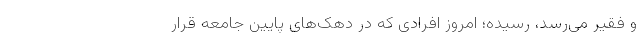
و فقیر می‌رسد، رسیده؛ امروز افرادی که در دهک‌های پایین جامعه قرار